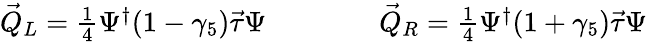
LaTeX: \begin{array}{r}{\vec{Q}_{L}=\frac{1}{4}\Psi^{\dagger}(1-\gamma_{5})\vec{\tau}\Psi\qquad\qquad\vec{Q}_{R}=\frac{1}{4}\Psi^{\dagger}(1+\gamma_{5})\vec{\tau}\Psi}\end{array}